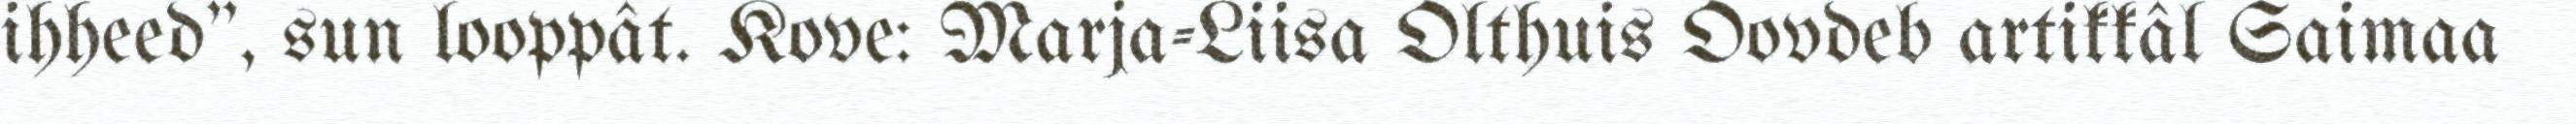
ihheed", sun looppât. Kove: Marja-Liisa Olthuis Oovdeb artikkâl Saimaa